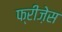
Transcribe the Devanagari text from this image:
फ्रीज़ेस